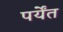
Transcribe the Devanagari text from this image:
पर्येंत